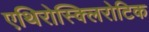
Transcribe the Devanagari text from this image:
एथिरोस्क्लिरोटिक